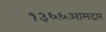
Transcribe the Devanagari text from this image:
१३६६आमदार